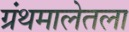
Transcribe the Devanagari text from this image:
ग्रंथमालेतला